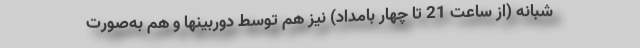
شبانه (از ساعت 21 تا چهار بامداد) نیز هم توسط دوربینها و هم به‌صورت